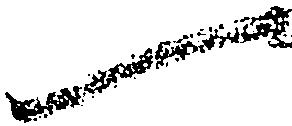
一